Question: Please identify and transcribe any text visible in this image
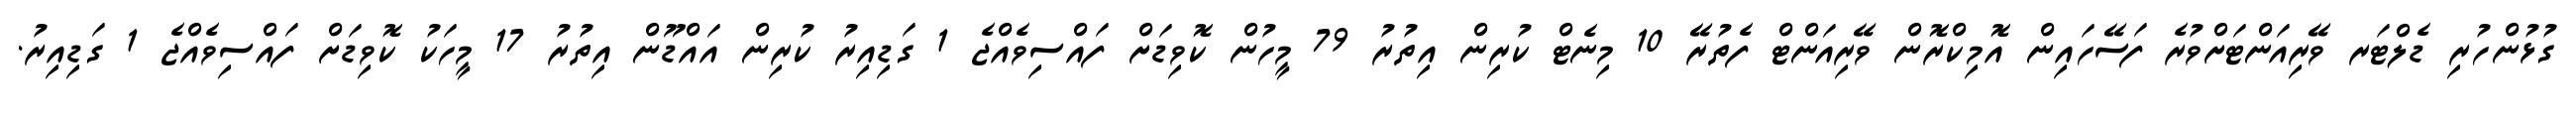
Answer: ގުޅުންހުރި ޑެލްޓަރ ވޭރިއަންޓަށްވުރެ ފަސޭހައިން އޮމިކްރޮން ވޭރިއަންޓް ފެތުރޭ 10 މިނެޓް ކުރިން އިތުރު 79 މީހުން ކޮވިޑަށް ފައްސިވެއްޖެ 1 ގަޑިއިރު ކުރިން އައްޑޫން އިތުރު 17 މީހަކު ކޮވިޑަށް ފައްސިވެއްޖެ 1 ގަޑިއިރު.